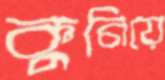
কুনিয়ে